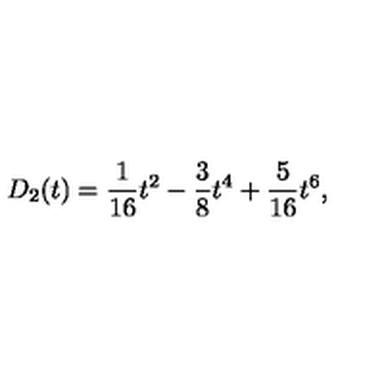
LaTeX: D _ { 2 } ( t ) = { \frac { 1 } { 1 6 } } t ^ { 2 } - { \frac { 3 } { 8 } } t ^ { 4 } + { \frac { 5 } { 1 6 } } t ^ { 6 } ,